system: You are a helpful assistant.
user:
Analyze the provided spectrum to determine if it is a **M-type Giant (gM)**.

A M-type Giant spectrum is defined by its **strong molecular absorption** features, particularly from **Titanium Oxide (TiO)**. You must check for one of the following mutually exclusive signatures:

- **Key Visual Indicators (Absorption-Dominated Spectrum):**

    - **(Primary):** The spectrum is dominated by strong molecular absorption from **Titanium Oxide (TiO)**. This is the **defining feature** of its M-type temperature class.
        - **(Key Bandheads):** Look for sharp, "saw-tooth" absorption valleys. The strongest are located near **~7050 Å**, **~6160 Å**, and **~5170 Å**.
        - **(Line Profile):** The "saw-tooth" morphology is critical: a **sharp, steep drop on the BLUE (short-wavelength) side** of the bandhead, followed by a gradual recovery (rising flux) towards the RED (long-wavelength) side.

    - **(Key Confirmation - Giant vs. Dwarf):** **ABSENCE** of strong **Calcium Hydride (CaH)** molecular bands. This is the primary diagnostic for *excluding* M-dwarfs.
        - **(Key Region):** The spectrum should lack the strong, broad absorption band seen in dwarfs between **~6800 Å and ~7000 Å**.

    - **(Secondary Confirmation - Giant):** A very strong and broad **Neutral Calcium (Ca I)** atomic absorption line.
        - **(Key Line):** Located at **~4226 Å**. In a giant (gM), this line is significantly deeper and broader than the same line in an M-dwarf (dM) due to low surface gravity.

    - **(Overall Spectrum):**
        - The continuum is **extremely red-sloping** (i.e., flux is very low in the blue and rises dramatically towards the red).
        - The entire spectrum appears "chopped up" by the deep TiO bands.

Think first, call **spectral_visualization_tool** if needed to examine features in detail, then provide your final answer. Your response must adhere to the following strict rules:
1.  **Overall Structure:** Your response must follow the format `<think>...</think> <tool_call>...</tool_call> (if a tool is used) <answer>...</answer>`.
2.  **Tool Usage Constraint:** You may only make **one** tool call per turn.
3.  **Final Answer Format:** In the `<answer>` tag, your conclusion must be inside a `\boxed{}` command (e.g., `\boxed{YES}` or `\boxed{NO}`), followed by your justification.

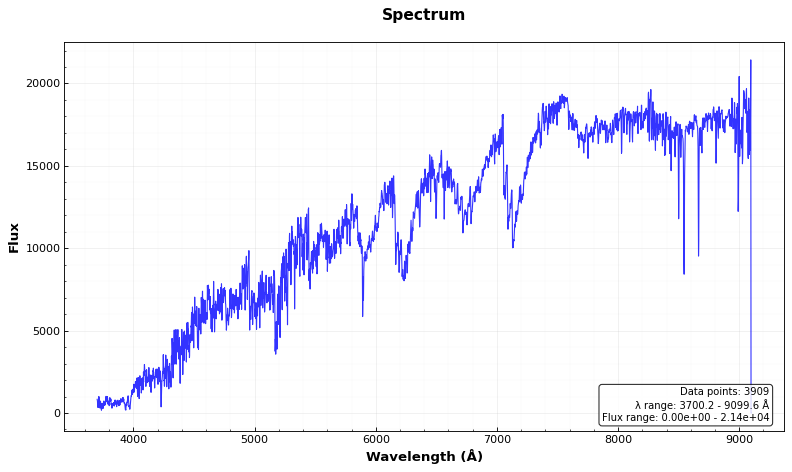
Answer: YES